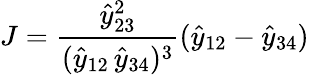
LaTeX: J=\frac{\hat{y}_{23}^{2}}{(\hat{y}_{12}\, \hat{y}_{34})^{3}}(\hat{y}_{12}-\hat{y}_{34})